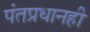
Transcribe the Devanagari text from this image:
पंतप्रधानही